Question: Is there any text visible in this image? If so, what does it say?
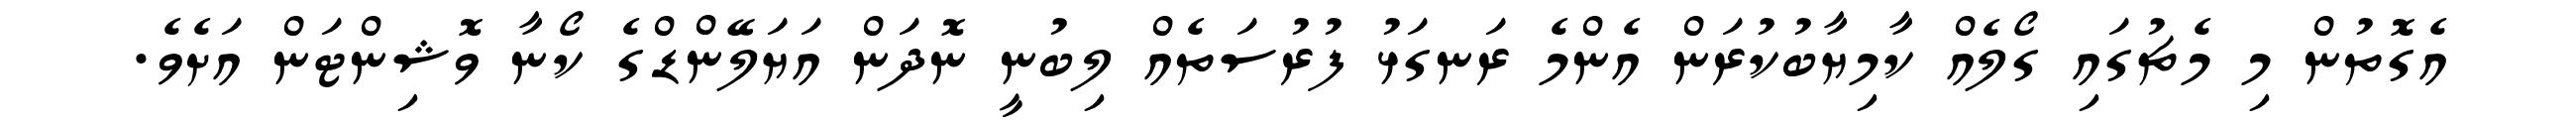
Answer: އެގޮތުން މި މެޗުގައި ގޯލެއް ކާމިޔާބުކުރަން އެންމެ ރަނގަޅު ފުރުސަތެއް ލިބުނީ ނޮދަން އަޔަލޭންޑްގެ ކޯނާ ވޮޝިންޓަން އަށެވެ.